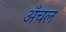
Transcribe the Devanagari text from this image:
अँचल